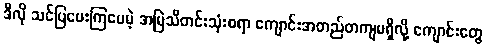
ဒီလို သင်ပြပေးကြပေမဲ့ အမြဲသီတင်းသုံးစရာ ကျောင်းအတည်တကျမရှိလို့ ကျောင်းတွေ